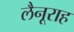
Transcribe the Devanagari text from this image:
लैनूराह